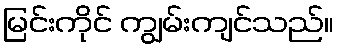
မြင်းကိုင် ကျွမ်းကျင်သည်။